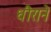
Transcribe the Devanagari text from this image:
धीराने